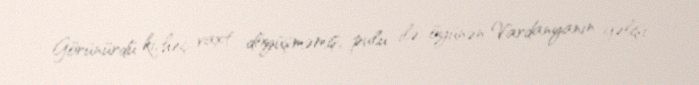
Görünürdü ki, heç vaxt döyüşməmiş, pulu ilə öyünən Vardanyanın gəlişi